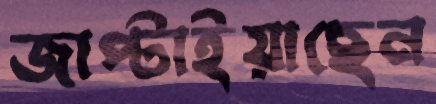
জাপ্‌টাইয়াছেন